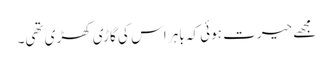
مجھے حیرت ہوئی کہ باہر اس کی گاڑی کھڑی تھی۔